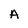
Character: A